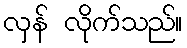
လှန် လိုက်သည်။